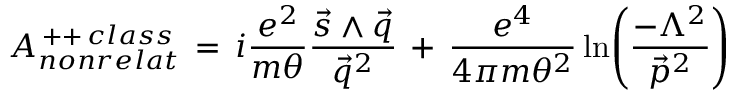
{ \cal { A } } _ { n o n r e l a t } ^ { \, + + \, c l a s s } \, = \, i \frac { e ^ { 2 } } { m \theta } \frac { \vec { s } \wedge \vec { q } } { \vec { q } ^ { 2 } } \, + \, \frac { e ^ { 4 } } { 4 \pi m \theta ^ { 2 } } \ln \Biggl ( \frac { - \Lambda ^ { 2 } } { \vec { p } ^ { 2 } } \Biggr )